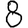
Digit: 8